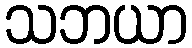
သဘယာ